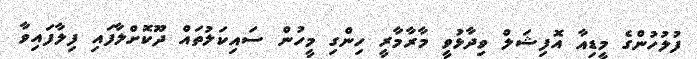
ފުލުހުންގެ މީޑިއާ އޮފިޝަލް ވިދާޅުވީ މާރާމާރީ ހިންގި މީހުން ސައިކަލުތައް ދޫކޮށްލާފައި ފިލާފައިވާ